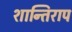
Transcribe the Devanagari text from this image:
शान्तिराप